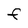
Character: F